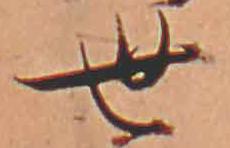
世